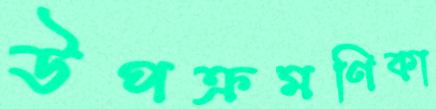
উপক্রমণিকা